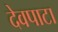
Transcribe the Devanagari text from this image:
देवपाटा